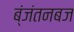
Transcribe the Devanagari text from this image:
ब्ंजंतनबज